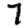
Digit: 7